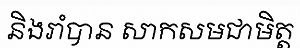
និងរាំបាន សាកសមជាមិត្ត